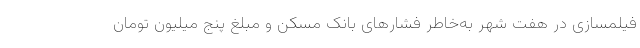
فیلمسازی در هفت شهر به‌خاطر فشار‌های بانک مسکن و مبلغ پنج میلیون تومان